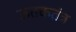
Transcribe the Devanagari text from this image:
ऊतकतंत्र